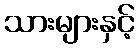
သားများနှင့်